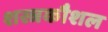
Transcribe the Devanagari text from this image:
शस्त्रकौशल